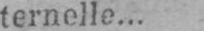
ternelle...